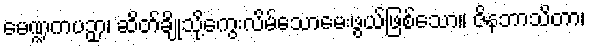
မေဏ္ဍကပဉှာ၊ ဆိတ်ချိုသို့ကွေးလိမ်သောမေးဖွယ်ဖြစ်သော။ ဇိနဘာသိတာ၊